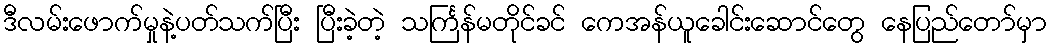
ဒီလမ်းဖောက်မှုနဲ့ပတ်သက်ပြီး ပြီးခဲ့တဲ့ သင်္ကြန်မတိုင်ခင် ကေအန်ယူခေါင်းဆောင်တွေ နေပြည်တော်မှာ